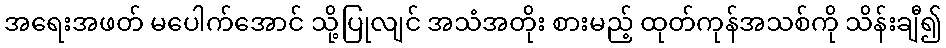
အရေးအဖတ် မပေါက်အောင် သို့ပြုလျင် အသံအတိုး စားမည့် ထုတ်ကုန်အသစ်ကို သိန်းချီ၍